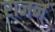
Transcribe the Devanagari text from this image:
राजन्‌